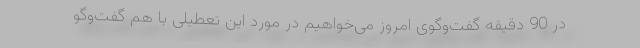
در 90 دقیقه گفت‌وگوی امروز می‌خواهیم در مورد این تعطیلی با هم گفت‌وگو